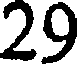
29